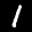
Label: 1